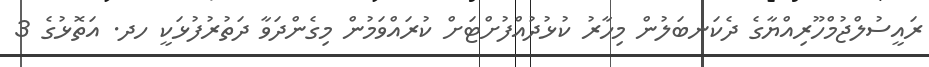
ރައީސުލްޖުމްހޫރިއްޔާގެ ދެކަނބަލުން މިހާރު ކުޅުދުއްފުށްޓަށް ކުރައްވަމުން މިގެންދަވާ ދަތުރުފުޅަކީ ހދ. އަތޮޅުގެ 3